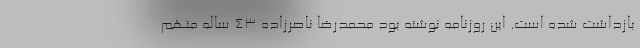
بازداشت شده است. این روزنامه نوشته بود محمدرضا ناصرزاده ۴۳ ساله متهم